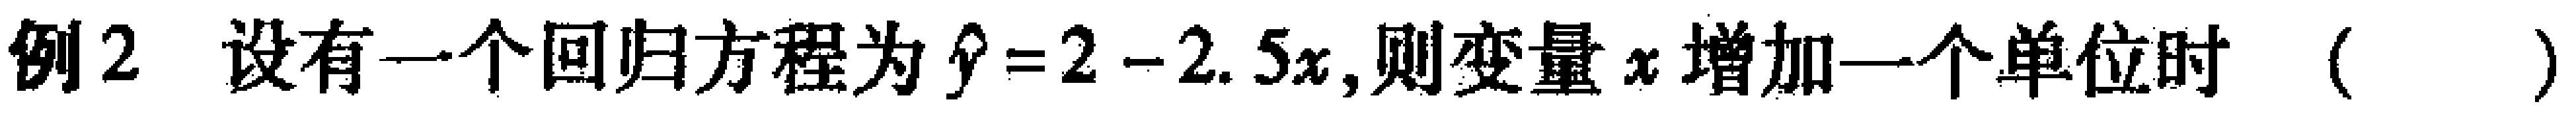
例2 设有一个回归方程为$\hat{y}=2 - 2.5x$,则变量$x$增加一个单位时（  ）